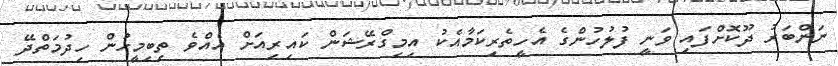
ނަންބަރު ދޫކޮށްފައި ވަނީ ފުލުހުންގެ އެހީތެރިކަމާއެކު އިމިގްރޭޝަން ކައިރިއަށް އެއްވެ ތިބިމީހުން ހިދުމަތްދޭ